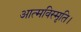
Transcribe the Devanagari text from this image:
आत्मविस्मृति।